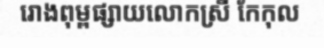
រោងពុម្ពផ្សាយលោកស្រី កែកុល